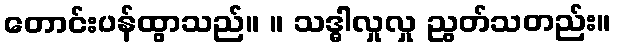
တောင်းပန်ထွာသည်။ ။ သဒ္ဓါလှုလှု ညွတ်သတည်း။